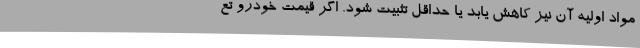
مواد اولیه آن نیز کاهش یابد یا حداقل تثبیت شود. اگر قیمت خودرو تع